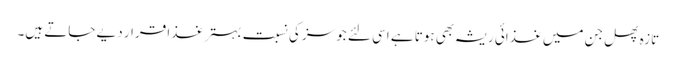
تازہ پھل جن میں غذائی ریشہ بھی ہوتا ہے اسی لئے جوسز کی نسبت بہتر غذا قرار دیے جاتے ہیں۔